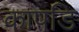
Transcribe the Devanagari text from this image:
कापडि